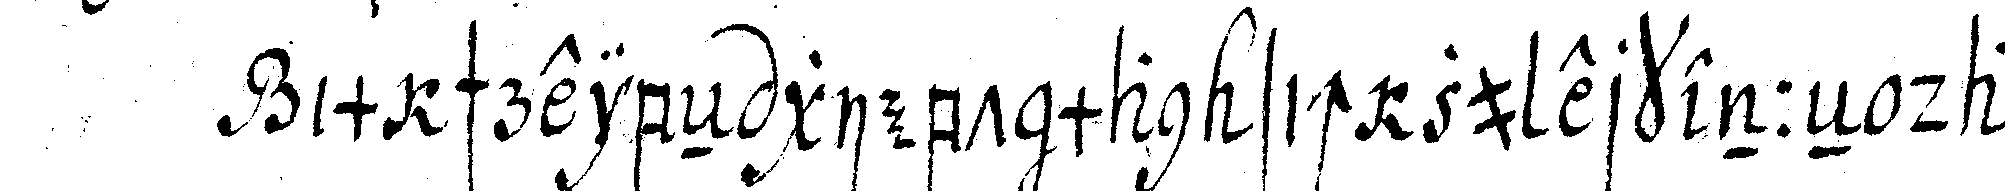
im schreibeN giebt man sich zu erkenneN dass